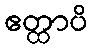
ဧတ္ထာပိ